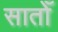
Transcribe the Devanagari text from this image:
सातोँ